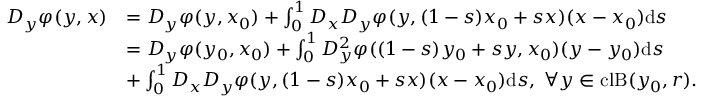
\begin{array} { r l } { D _ { y } \varphi ( y , x ) } & { = D _ { y } \varphi ( y , x _ { 0 } ) + \int _ { 0 } ^ { 1 } D _ { x } D _ { y } \varphi ( y , ( 1 - s ) x _ { 0 } + s x ) ( x - x _ { 0 } ) \mathrm { d } s } \\ & { = D _ { y } \varphi ( y _ { 0 } , x _ { 0 } ) + \int _ { 0 } ^ { 1 } D _ { y } ^ { 2 } \varphi ( ( 1 - s ) y _ { 0 } + s y , x _ { 0 } ) ( y - y _ { 0 } ) \mathrm { d } s } \\ & { + \int _ { 0 } ^ { 1 } D _ { x } D _ { y } \varphi ( y , ( 1 - s ) x _ { 0 } + s x ) ( x - x _ { 0 } ) \mathrm { d } s , \ \forall y \in \mathrm { c l } \mathrm { B } ( y _ { 0 } , r ) . } \end{array}